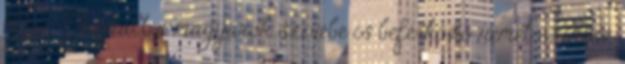
14:52 Meghalt a magyarok szívébe is beférkőző német színész